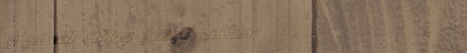
مكتب تجهيز جوازات السفر و